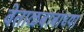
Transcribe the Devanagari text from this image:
वेताळबाबाच्या